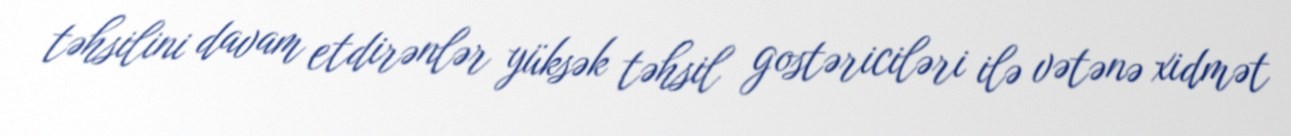
təhsilini davam etdirənlər yüksək təhsil gostəriciləri ilə vətənə xidmət